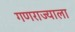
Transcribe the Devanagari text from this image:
गणराज्याला